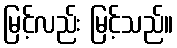
မြင့်လည်း မြင့်သည်။